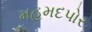
મહમદપોર